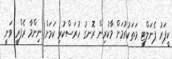
ކީޕަރު ޕެނަލްޓީ މަތަކުރުމަށް މާކުރިން ރޮނގު ހުރަސްކުރި ކަމަށް ނިންމާ ރެފްރީ ވަނީ